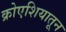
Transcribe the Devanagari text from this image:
क्रोएशियातून